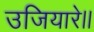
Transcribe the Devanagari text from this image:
उजियारे।।